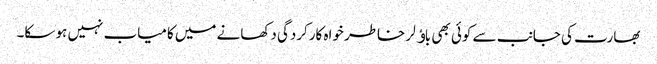
بھارت کی جانب سے کوئی بھی باﺅلر خاطر خواہ کارکردگی دکھانے میں کامیاب نہیں ہو سکا۔